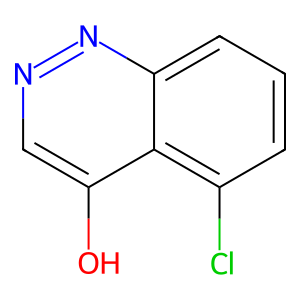
SMILES: Oc1cnnc2cccc(Cl)c12
Inhibits HIV replication: No